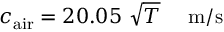
c _ { \mathrm { a i r } } = 2 0 . 0 5 ~ { \sqrt { T } } ~ ~ ~ ~ \mathrm { m / s }